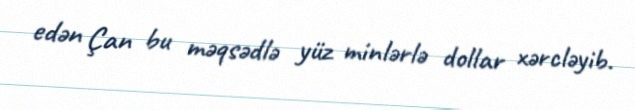
edən Çan bu məqsədlə yüz minlərlə dollar xərcləyib.